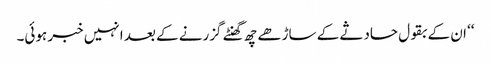
‘‘ ان کے بقول حادثے کے ساڑھے چھ گھنٹے گزرنے کے بعد انہیں خبر ہوئی۔